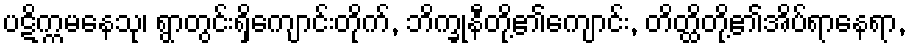
ပဋိက္ကမနေသု၊ ရွာတွင်းရှိကျောင်းတိုက်, ဘိက္ခုနီတို့၏ကျောင်း, တိတ္ထိတို့၏အိပ်ရာနေရာ,